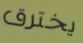
يخترق